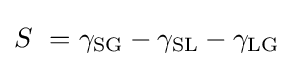
S\ =\gamma _{\text{SG}}-\gamma _{\text{SL}}-\gamma _{\text{LG}}